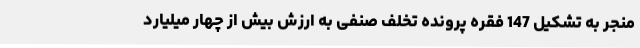
منجر به تشکیل 147 فقره پرونده تخلف صنفی به ارزش بیش از چهار میلیارد